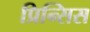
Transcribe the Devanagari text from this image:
प्रिन्सिस